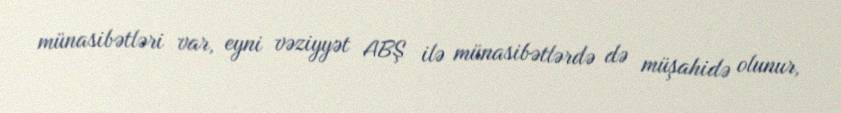
münasibətləri var, eyni vəziyyət ABŞ ilə münasibətlərdə də müşahidə olunur,